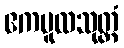
ဧကမူလသုတ္တံ